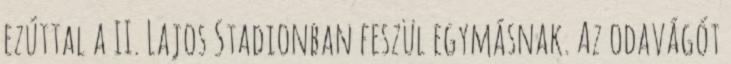
ezúttal a II. Lajos Stadionban feszül egymásnak. Az odavágót